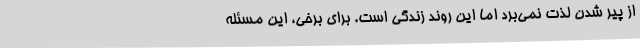
از پیر شدن لذت نمی‌برد اما این روند زندگی است. برای برخی، این مسئله